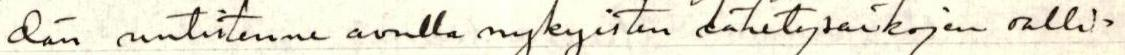
dän uutistenne avulla nykyisten lähetysaikojen salli=